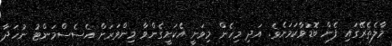
މާލެތެރޭގައި ފެން ބޮޑުވާކަމަށެވެ. އަދި މިހެން މިވަނީ އެކަށީގެންވާ މިންވަރަށް އެސެސްމަންޓު ނުހަދާ